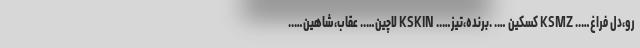
رو،دل فراغ….. KSMZ کسکین …. .برنده،تیز….. KSKIN لاچین….. عقاب،شاهین…..